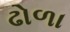
ઢોળા